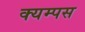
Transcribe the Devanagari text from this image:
क्यम्पस